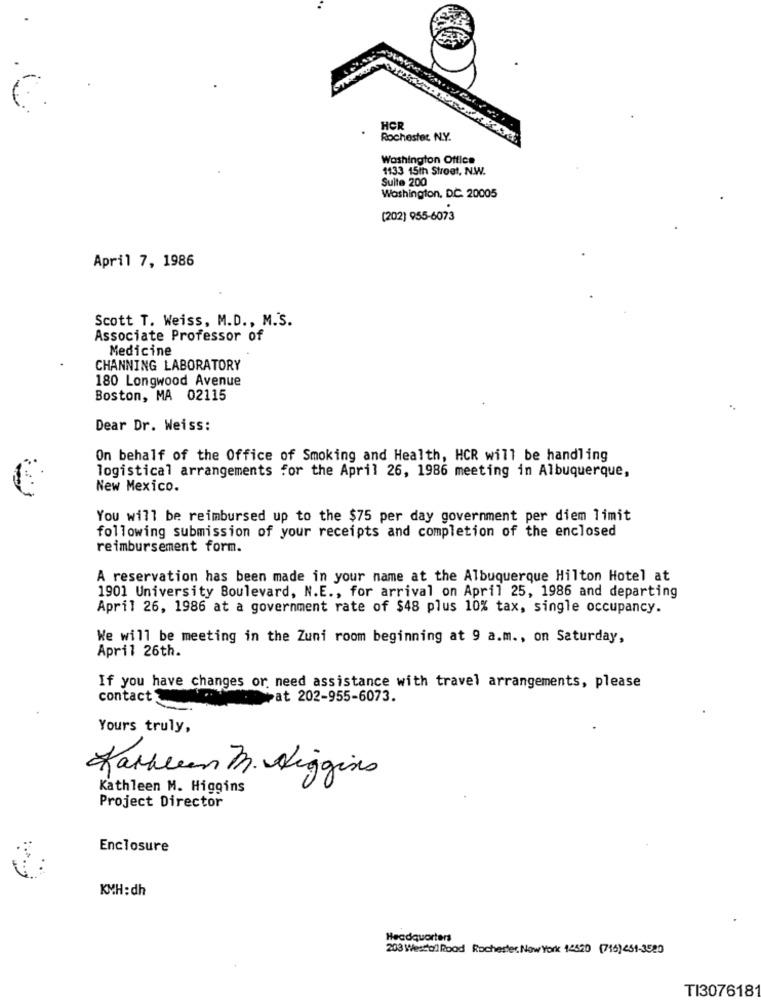
HCR
Rochester N.Y.
Washington Office
1133 15th Street, N.W.
Suite 200
Washington, DC. 20005
(202) 955-6073
April 7, 1986
Scott T. Weiss, M.D ., M.S.
Associate Professor of
Medicine
CHANNING LABORATORY
180 Longwood Avenue
Boston, MA 02115
..
Dear Dr. Weiss:
On behalf of the Office of Smoking and Health, HCR will be handling
logistical arrangements for the April 26, 1986 meeting in Albuquerque,
New Mexico.
You will be reimbursed up to the $75 per day government per diem limit
following submission of your receipts and completion of the enclosed
reimbursement form.
A reservation has been made in your name at the Albuquerque Hilton Hotel at
1901 University Boulevard, N.E ., for arrival on April 25, 1986 and departing
April 26, 1986 at a government rate of $48 plus 10% tax, single occupancy.
We will be meeting in the Zuni room beginning at 9 a.m ., on Saturday,
April 26th.
If you have changes or need assistance with travel arrangements, please
contact_
pat 202-955-6073.
Yours truly,
Kathleen B. Higgins
Kathleen M. Higgins
Project Director
Enclosure
KMH: dh
Headquarters
203 Weston Rood Rochester New York 14520 (716) 451-3580
TI3076181